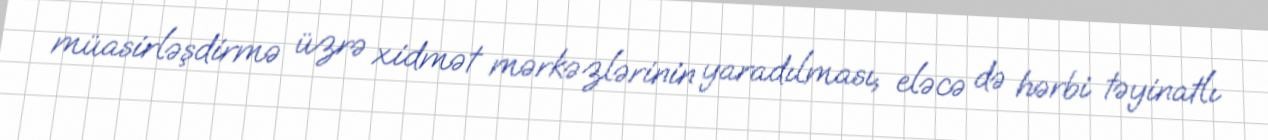
müasirləşdirmə üzrə xidmət mərkəzlərinin yaradılması, eləcə də hərbi təyinatlı